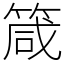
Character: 箴